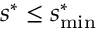
s ^ { * } \le s _ { \mathrm { m i n } } ^ { * }